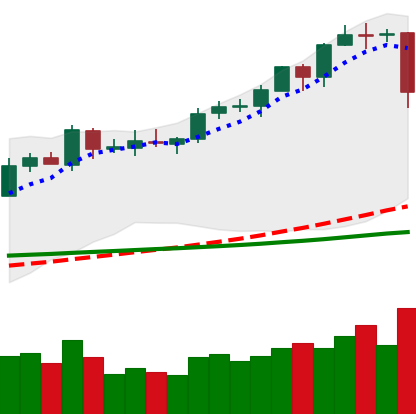
Ticker: EOS-USD
Chart end date: 2020-02-15
Forward return: -15.495%
Label: down_7plus